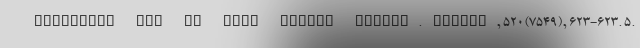
sanctions now to save public health. Nature, 520(7549), 623-623. 5.